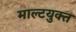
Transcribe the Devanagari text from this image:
माल्टयुक्त